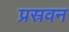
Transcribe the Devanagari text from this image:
प्रस्रवन